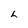
Character: L